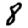
Digit: 8